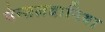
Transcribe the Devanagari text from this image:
पेन्सलवानिया